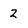
Character: 2